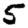
Digit: 5